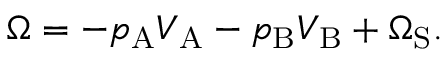
\Omega = - p _ { \mathrm { { A } } } V _ { \mathrm { { A } } } - p _ { \mathrm { { B } } } V _ { \mathrm { { B } } } + \Omega _ { \mathrm { { S } } } .